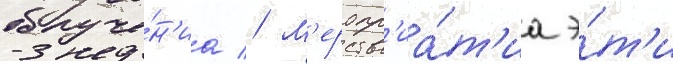
облуче́н'иа // М'еропр'иа́т'иа э́т'и